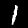
Label: 1